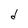
Character: d